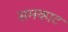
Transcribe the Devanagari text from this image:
समव्हाट